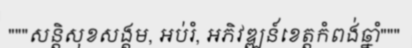
"""សន្តិសុខសង្គម, អប់រំ, អភិវឌ្ឍន៍ខេត្តកំពង់ឆ្នាំ"""